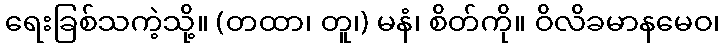
ရေးခြစ်သကဲ့သို့။ (တထာ၊ တူ၊) မနံ၊ စိတ်ကို။ ဝိလိခမာနမေဝ၊